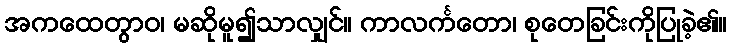
အကထေတွာဝ၊ မဆိုမူ၍သာလျှင်။ ကာလင်္ကတော၊ စုတေခြင်းကိုပြုခဲ့၏။